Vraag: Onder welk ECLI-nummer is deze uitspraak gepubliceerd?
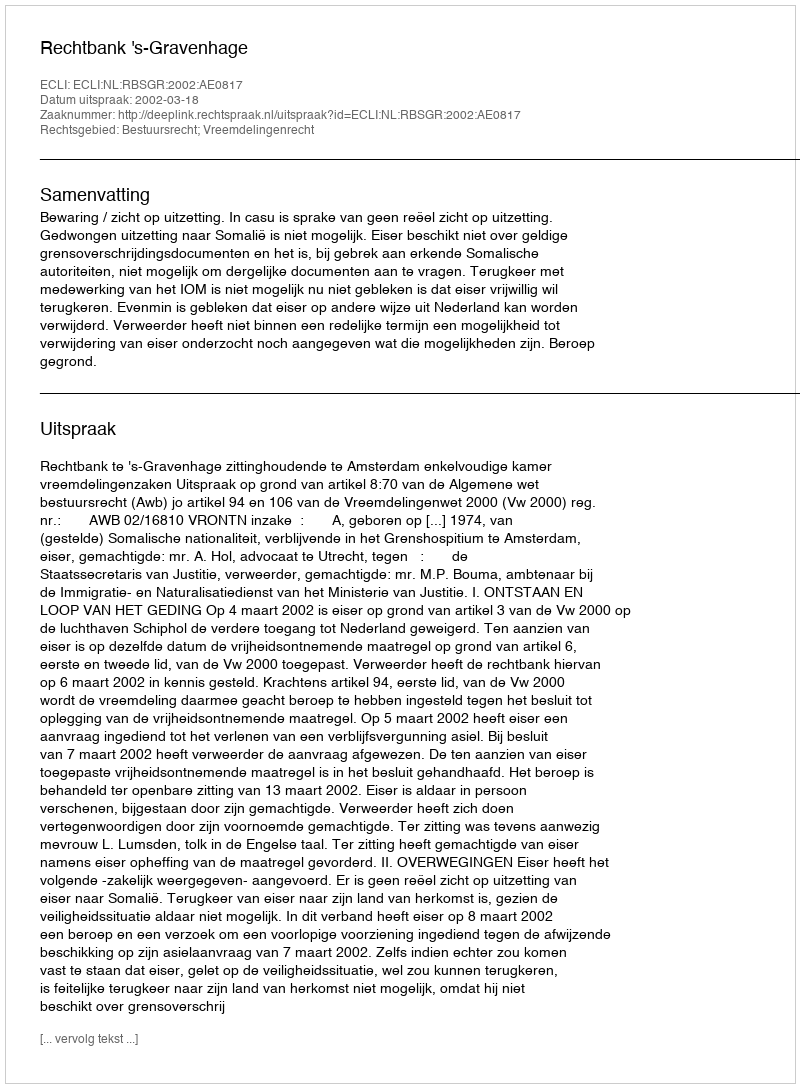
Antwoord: ECLI:NL:RBSGR:2002:AE0817